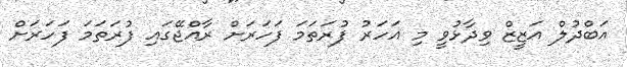
އަބްދުލް އަޒީޒް ވިދާޅުވީ މި އަހަރު ފުރަތަމަ ފަހަރަށް ރާއްޖޭގައި ފުރަތަމަ ފަހަރަށް